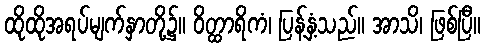
ထိုထိုအရပ်မျက်နှာတို့၌။ ဝိတ္ထာရိကံ၊ ပြန့်နှံ့သည်။ အာသိ၊ ဖြစ်ပြီ။